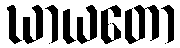
ဃာယတော